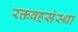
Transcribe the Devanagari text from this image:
रक्तवहसंस्था